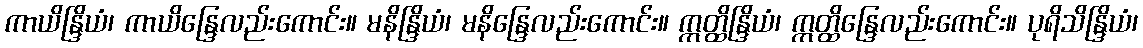
ကာယိန္ဒြိယံ၊ ကာယိန္ဒြေလည်းကောင်း။ မနိန္ဒြိယံ၊ မနိန္ဒြေလည်းကောင်း။ ဣတ္ထိန္ဒြိယံ၊ ဣတ္ထိန္ဒြေလည်းကောင်း။ ပုရိသိန္ဒြိယံ၊